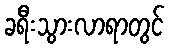
ခရီးသွားလာရာတွင်